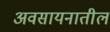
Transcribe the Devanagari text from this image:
अवसायनातील